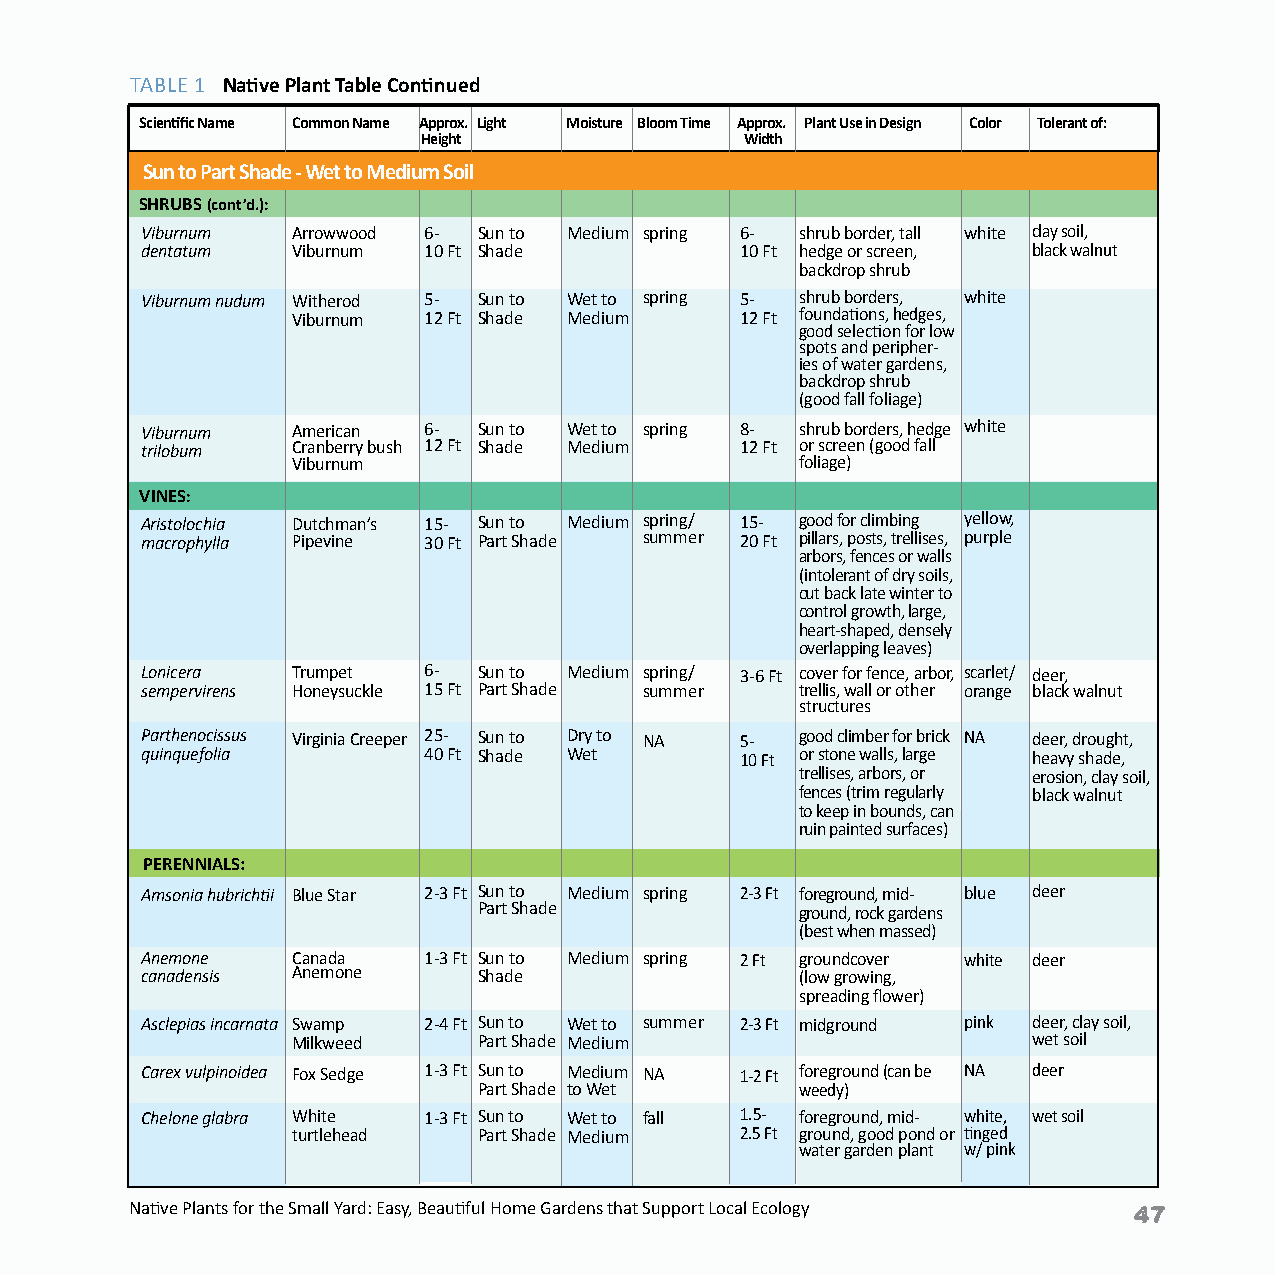
TABLE 1 Native Plant Table Continued
 Scientific Name Common Name Approx. Light Moisture Bloom Time Approx. Plant Use in Design Color Tolerant of:
 Height               Width
 Sun to Part Shade - Wet to Medium Soil
 SHRUBS (cont’d.):
 Viburnum  Arrowwood 6- Sun to Medium spring 6- shrub border, tall white clay soil,
 dentatum  Viburnum 10 Ft Shade          10 Ft hedge or screen, black walnut
 backdrop shrub
 Viburnum nudum Witherod 5- Sun to Wet to spring 5- shrub borders, white
 Viburnum 12 Ft Shade Medium   12 Ft foundations, hedges,
 good selection for low
 spots and peripher-
 ies of water gardens,
 backdrop shrub
 (good fall foliage)
 Viburnum  American 6-  Sun to Wet to spring 8- shrub borders, hedge white
 trilobum  Cranberry bush 12 Ft Shade Medium 12 Ft or screen (good fall
 Viburnum                          foliage)
 VINES:
 Aristolochia Dutchman’s 15- Sun to Medium spring/ 15- good for climbing yellow,
 macrophylla Pipevine 30 Ft Part Shade summer 20 Ft pillars, posts, trellises, purple
 arbors, fences or walls
 (intolerant of dry soils,
 cut back late winter to for hot, dry areas)
 control growth, large,
 heart-shaped, densely
 overlapping leaves)
 Lonicera  Trumpet  6-  Sun to Medium spring/ 3-6 Ft cover for fence, arbor, scarlet/ deer,
 sempervirens Honeysuckle 15 Ft Part Shade summer trellis, wall or other orange black walnut
 structures
 Parthenocissus Virginia Creeper 25- Sun to Dry to NA 5- good climber for brick NA deer, drought,
 quinquefolia       40 Ft Shade Wet      10 Ft or stone walls, large heavy shade,
 trellises, arbors, or erosion, clay soil,
 fences (trim regularly black walnut
 to keep in bounds, can
 ruin painted surfaces)
 PERENNIALS:
 Amsonia hubrichtii Blue Star 2-3 Ft Sun to Medium spring 2-3 Ft foreground, mid- blue deer
 Part Shade           ground, rock gardens
 (best when massed)
 Anemone   Canada   1-3 Ft Sun to Medium spring 2 Ft groundcover white deer
 canadensis Anemone     Shade                (low growing,
 spreading flower)
 Asclepias incarnata Swamp 2-4 Ft Sun to Wet to summer 2-3 Ft midground pink deer, clay soil,
 Milkweed     Part Shade Medium                   wet soil
 Carex vulpinoidea Fox Sedge 1-3 Ft Sun to Medium NA 1-2 Ft foreground (can be NA deer
 Part Shade to Wet    weedy)
 Chelone glabra White 1-3 Ft Sun to Wet to fall 1.5- foreground, mid- white, wet soil
 turtlehead   Part Shade Medium 2.5 Ft ground, good pond or tinged
 water garden plant w/ pink
 Native Plants for the Small Yard: Easy, Beautiful Home Gardens that Support Local Ecology Native Plants for the Small Yard: Easy, Beautiful Home Gardens that Support Local Ecology 47